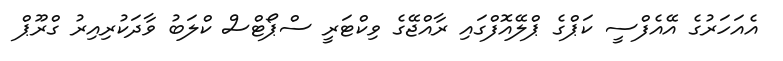
އެއަހަރުގެ އޭއެފްސީ ކަޕްގެ ޕްލޭއޮފްގައި ރާއްޖޭގެ ވިކްޓަރީ ސްޕޯޓްސް ކްލަބު ވާދަކުރިއިރު ގްރޫޕް